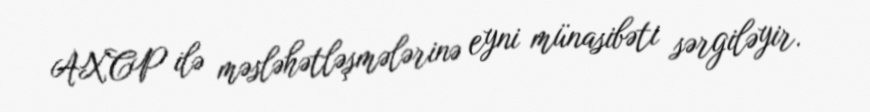
AXCP ilə məsləhətləşmələrinə eyni münasibəti sərgiləyir.